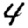
Digit: 4